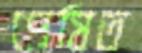
প্রেষিত